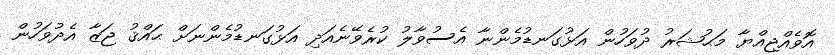
އޮވެއްޖިއްޔާ މަޙުޝަރު ދުވަހުން އަޅުގަނޑުމެންނާ އެސުވާލު ކުރެވޭނެއަދި އަޅުގަނޑުމެންނަށް ޙައްޤު ޖަޒާ އެދުވަހުން